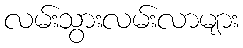
လမ်းသွားလမ်းလာများ